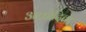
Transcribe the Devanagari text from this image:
अफ्रोदिता